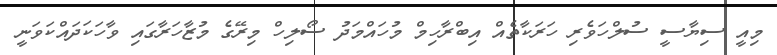
މިއީ ސިޔާސީ ސުލްހަވެރި ހަރަކާތެއް އިބްރާހިމް މުހައްމަދު ސޯލިހް މިރޭގެ މުޒާހަރާގައި ވާހަކަދައްކަވަނީ